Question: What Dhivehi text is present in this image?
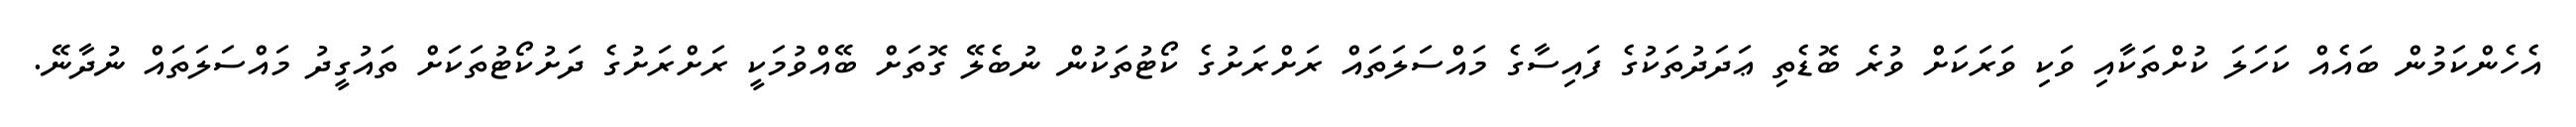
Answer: އެހެންކަމުން ބައެއް ކަހަލަ ކުށްތަކާއި ވަކި ވަރަކަށް ވުރެ ބޮޑެތި ޢަދަދުތަކުގެ ފައިސާގެ މައްސަލަތައް ރަށްރަށުގެ ކޯޓުތަކުން ނުބެލޭ ގޮތަށް ބޭއްވުމަކީ ރަށްރަށުގެ ދަށުކޯޓުތަކަށް ތައުގީދު މައްސަލަތައް ނުދާނޭ.